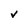
Character: V